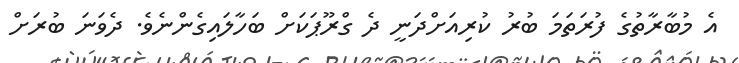
އެ މުބާރާތުގެ ފުރަތަމަ ބުރު ކުރިއަށްދަނީ ދެ ގްރޫޕަކަށް ބަހާލައިގެންނެވެ. ދެވަނަ ބުރަށް